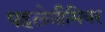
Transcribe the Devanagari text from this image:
पहलेप्रीमियर